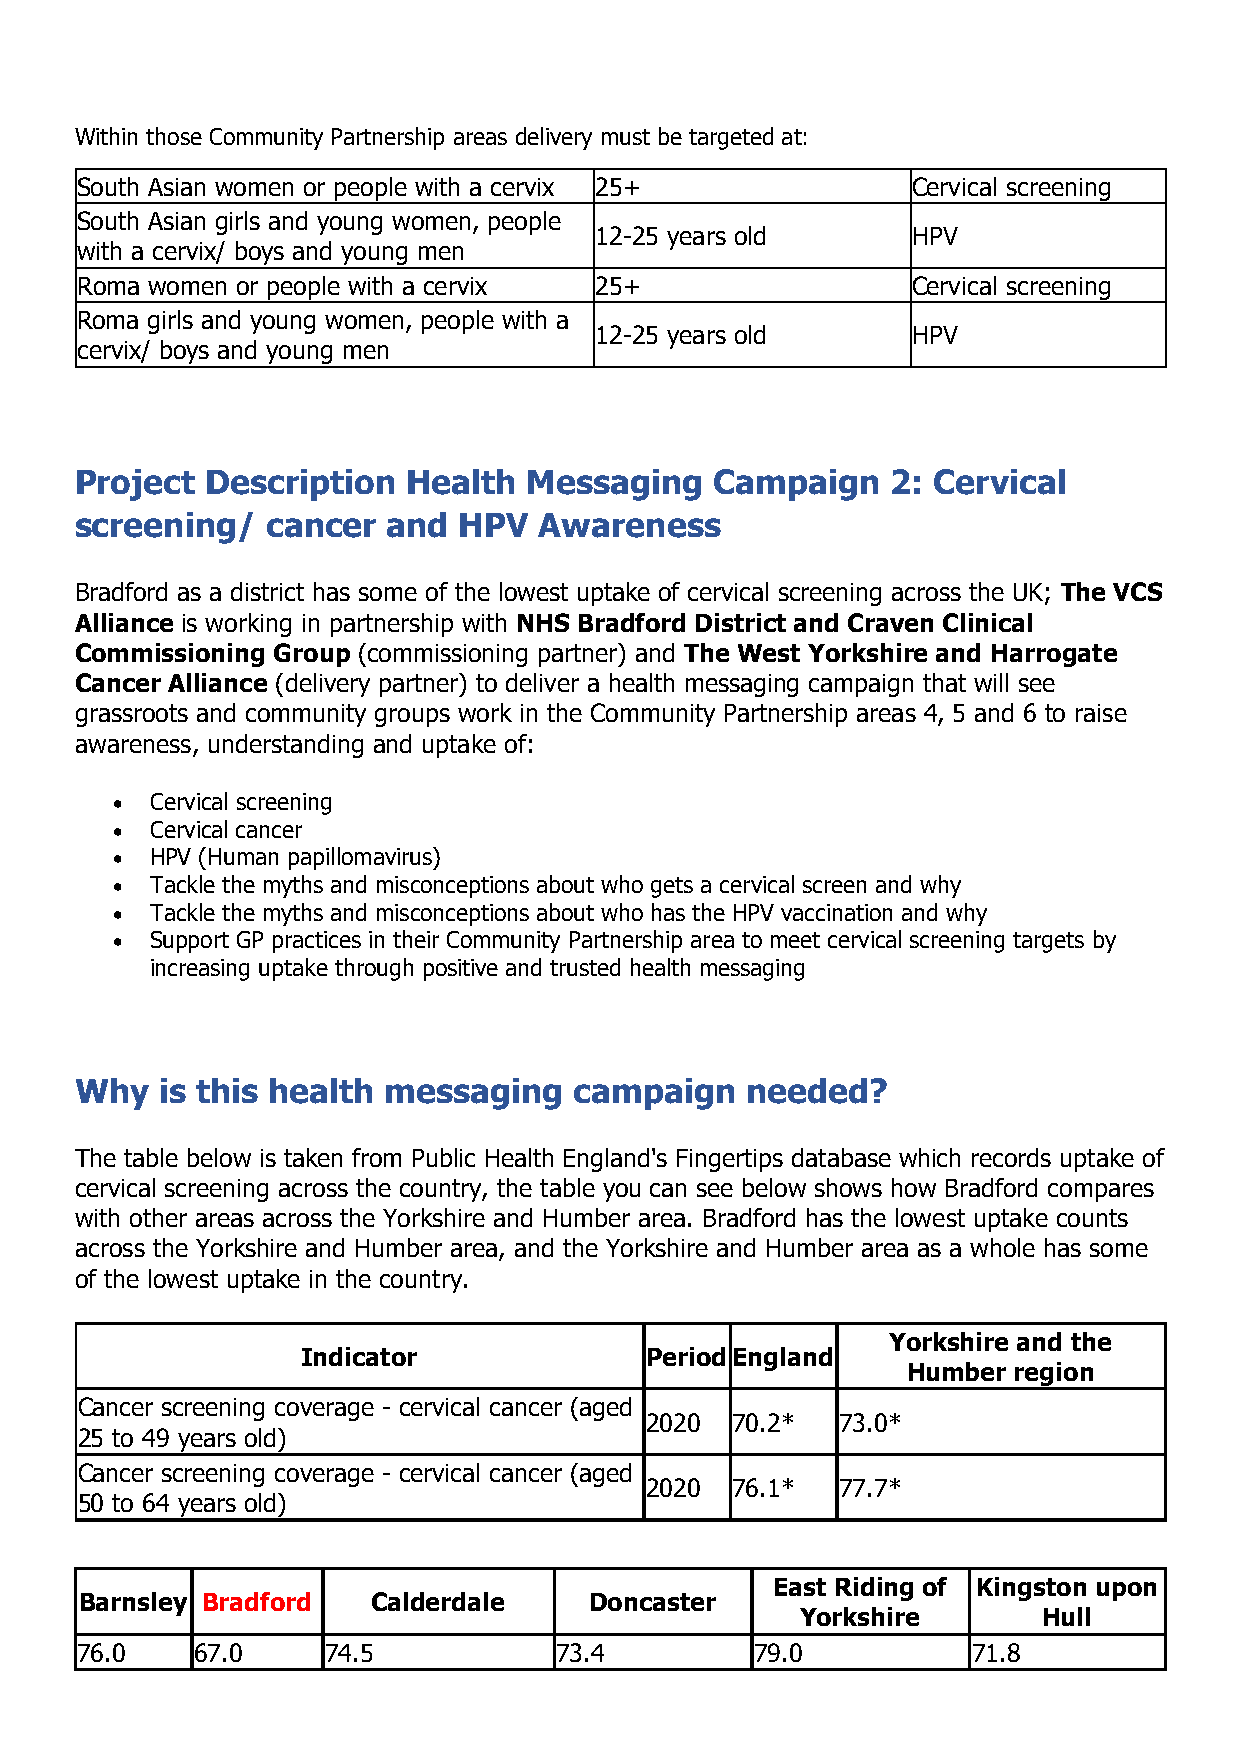
Within those Community Partnership areas delivery must be targeted at:
 South Asian women or people with a cervix 25+          Cervical screening
 South Asian girls and young women, people
 12-25 years old      HPV
 with a cervix/ boys and young men
 Roma women or people with a cervix 25+                 Cervical screening
 Roma girls and young women, people with a
 12-25 years old      HPV
 cervix/ boys and young men
 Project  Description  Health  Messaging   Campaign    2: Cervical
 screening/   cancer  and HPV   Awareness
 Bradford as a district has some of the lowest uptake of cervical screening across the UK; The VCS
 Alliance is working in partnership with NHS Bradford District and Craven Clinical
 Commissioning Group (commissioning partner) and The West Yorkshire and Harrogate
 Cancer Alliance (delivery partner) to deliver a health messaging campaign that will see
 grassroots and community groups work in the Community Partnership areas 4, 5 and 6 to raise
 awareness, understanding and uptake of:
 •  Cervical screening
 •  Cervical cancer
 •  HPV (Human papillomavirus)
 •  Tackle the myths and misconceptions about who gets a cervical screen and why
 •  Tackle the myths and misconceptions about who has the HPV vaccination and why
 •  Support GP practices in their Community Partnership area to meet cervical screening targets by
 increasing uptake through positive and trusted health messaging
 Why   is this health messaging   campaign   needed?
 The table below is taken from Public Health England's Fingertips database which records uptake of
 cervical screening across the country, the table you can see below shows how Bradford compares
 with other areas across the Yorkshire and Humber area. Bradford has the lowest uptake counts
 across the Yorkshire and Humber area, and the Yorkshire and Humber area as a whole has some
 of the lowest uptake in the country.
 Yorkshire and the
 Indicator              Period England
 Humber region
 Cancer screening coverage - cervical cancer (aged
 2020 70.2*   73.0*
 2 5 to 49 years old)
 Cancer screening coverage - cervical cancer (aged
 2020 76.1*   77.7*
 5 0 to 64 years old)
 East Riding of Kingston upon
 Barnsley Bradford   Calderdale    Doncaster
 Yorkshire       Hull
 76.0    67.0     74.5           73.4         79.0          71.8